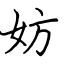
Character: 妨